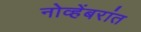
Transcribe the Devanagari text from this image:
नोव्हेंबरांत